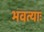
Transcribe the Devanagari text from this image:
भवत्याः